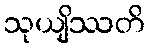
သုယျိဿတိ